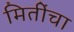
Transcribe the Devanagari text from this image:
मितींचा